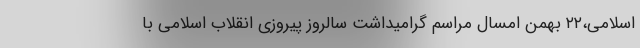
اسلامی،۲۲ بهمن امسال مراسم گرامیداشت سالروز پیروزی انقلاب اسلامی با